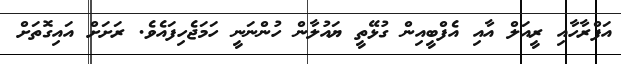
އަފްރާހާއި ރީއަލް އާއި އެފްބީއިން ގުޅޭތީ ޔައުލާން ހުންނަނީ ހަމަޖެހިފައެވެ. ރަށަށް އައިގޮތަށް